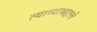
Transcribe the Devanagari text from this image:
त्याच्याबद्दलचे